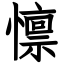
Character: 懔